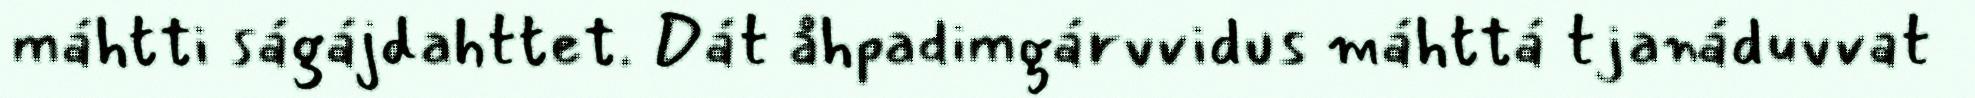
máhtti ságájdahttet. Dát åhpadimgárvvidus máhttá tjanáduvvat